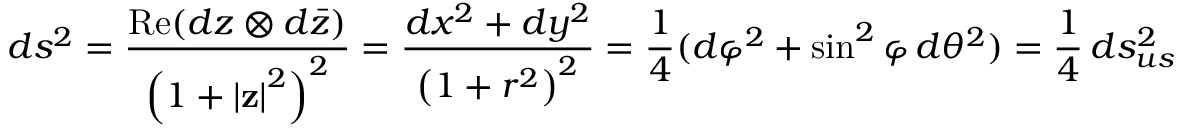
d s ^ { 2 } = { \frac { \operatorname { R e } ( d z \otimes d { \bar { z } } ) } { \left( 1 + | \mathbf { z } | { \vphantom { l } } ^ { 2 } \right) ^ { 2 } } } = { \frac { d x ^ { 2 } + d y ^ { 2 } } { \left( 1 + r ^ { 2 } \right) ^ { 2 } } } = { \frac { 1 } { 4 } } ( d \varphi ^ { 2 } + \sin ^ { 2 } \varphi \, d \theta ^ { 2 } ) = { \frac { 1 } { 4 } } \, d s _ { u s } ^ { 2 }